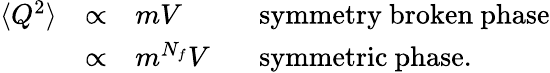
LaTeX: \begin{array}{lcll}{{\langle Q^{2}\rangle}}&{{\propto}}&{{mV}}&{{\mathrm{symmetry\ broken\ phase}}}\\ {{}}&{{\propto}}&{{m^{N_{f}}V\ \ \ }}&{{\mathrm{symmetric\ phase}.}}\end{array}